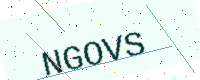
Text: NGOVS